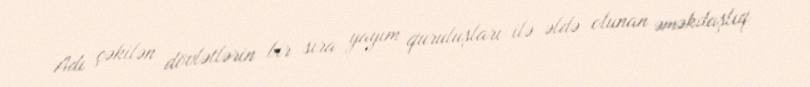
Adı çəkilən dövlətlərin bir sıra yayım quruluşları ilə əldə olunan əməkdaşlıq